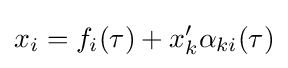
x_{i}=f_{i}(\tau )+x_{k}^{\prime }\alpha _{ki}(\tau )